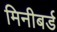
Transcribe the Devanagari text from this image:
मिनीबर्ड